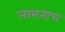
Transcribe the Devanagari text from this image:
लाभताच